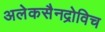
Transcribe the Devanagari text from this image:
अलेकसैनद्रोविच